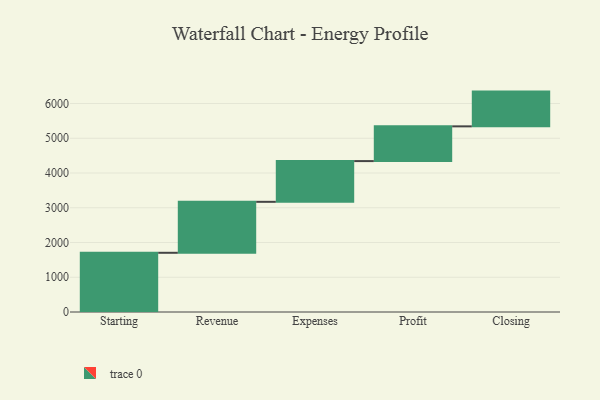
{"axis": {"x": "Step", "y": "Value"}, "legend": [""], "data": [{"x": "Starting", "y": 1704.0, "type": ""}, {"x": "Revenue", "y": 1467.0, "type": ""}, {"x": "Expenses", "y": 1172.0, "type": ""}, {"x": "Profit", "y": 1000, "type": ""}, {"x": "Closing", "y": 1000, "type": ""}]}